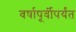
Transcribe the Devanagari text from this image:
वर्षापूर्वीपर्यंत